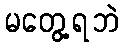
မတွေ့ရဘဲ